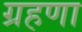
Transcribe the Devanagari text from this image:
ग्रहणा